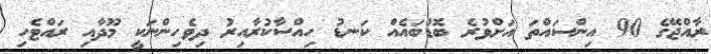
ރާއްޖޭގެ 90 އިންސައްތަ އަށްވުރެ ބޮޑުބައެއް ކަނޑު ހިއްސާކުރާއިރު ދިވެހިންނަކީ މޫދާއި ރައްޓެހި